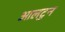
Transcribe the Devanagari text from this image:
आलटुन